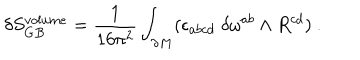
\delta S _ { G B } ^ { v o l u m e } = { \frac { 1 } { 1 6 \pi ^ { 2 } } } \int _ { \partial M } ( \epsilon _ { a b c d } \; \delta \omega ^ { a b } \wedge R ^ { c d } ) \ .